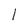
Character: I